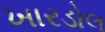
ખારડોલ